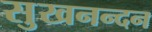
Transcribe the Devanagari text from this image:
सुखनन्दन